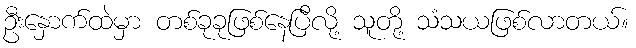
ဦးနှောက်ထဲမှာ တစ်ခုခုဖြစ်နေပြီလို့ သူတို့ သံသယဖြစ်လာတယ်။